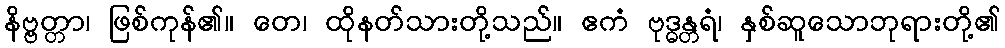
နိဗ္ဗတ္တာ၊ ဖြစ်ကုန်၏။ တေ၊ ထိုနတ်သားတို့သည်။ ဧကံ ဗုဒ္ဓန္တရံ၊ နှစ်ဆူသောဘုရားတို့၏